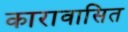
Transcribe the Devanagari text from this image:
कारावासित